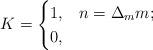
LaTeX: \begin{align*} K &=\begin{cases} 1, &n=\Delta_mm; \\ 0, & \end{cases}\end{align*}